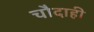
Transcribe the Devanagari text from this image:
चौदाही